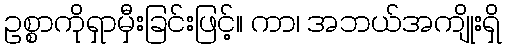
ဥစ္စာကိုရှာမှီးခြင်းဖြင့်။ ကာ၊ အဘယ်အကျိုးရှိ